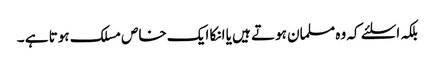
بلکہ اسلئے کہ وہ مسلمان ہوتے ہیں یا انکا ایک خاص مسلک ہوتا ہے ۔